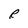
Character: R